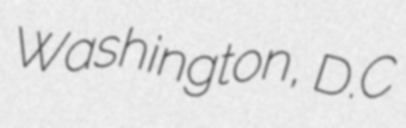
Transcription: Washington, D.C